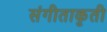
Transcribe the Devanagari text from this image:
संगीताकृती